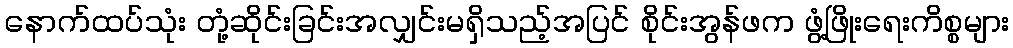
နောက်ထပ်သုံး တုံ့ဆိုင်းခြင်းအလျှင်းမရှိသည့်အပြင် စိုင်းအွန်ဖက ဖွံ့ဖြိုးရေးကိစ္စများ